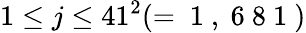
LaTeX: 1\leq j\leq 41^{2}(=\mathrm{~1~,~6~8~1~})